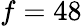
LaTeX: f=48